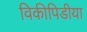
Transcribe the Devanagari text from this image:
विकीपिडीया